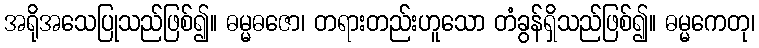
အရိုအသေပြုသည်ဖြစ်၍။ ဓမ္မဓဇော၊ တရားတည်းဟူသော တံခွန်ရှိသည်ဖြစ်၍။ ဓမ္မကေတု၊